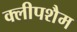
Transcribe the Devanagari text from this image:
क्लीपशैम